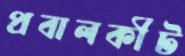
প্রবালকীট